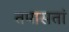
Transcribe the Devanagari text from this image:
तपासतां